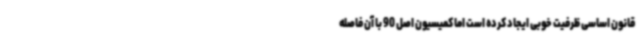
قانون اساسی ظرفیت خوبی ایجاد کرده است اما کمیسیون اصل 90 با آن فاصله